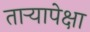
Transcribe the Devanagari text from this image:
तार्‍यापेक्षा